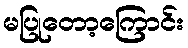
မပြုတော့ကြောင်း